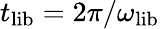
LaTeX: t_{\mathrm{lib}}=2\pi/\omega_{\mathrm{lib}}